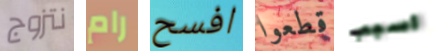
نتزوج رام افسح قطعوا اسبب